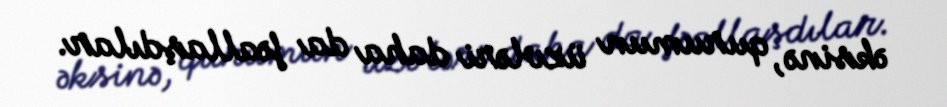
əksinə, qurumun üzvləri daha da fəallaşdılar.